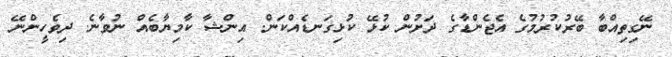
ނޭގިތިއްބާ ބޭރުކުރުމުގެ އެޖެންޑާގެ ދަށުން ކުޅޭ ކުޅިގަނޑެއްކަން. އިންޝާ ކާމިޔާބެއް ނުވާނެ. ދިވެހީންނޭ